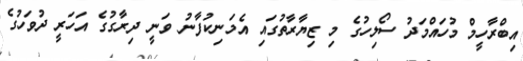
އިބްރާހީމް މުހައްމަދު ސޯލިހުގެ މި ޒިޔާރާތުގައި އެމަނިކުފާނު ވަނީ ދިރާގުގެ އަހަރީ ދުވަހުގެ